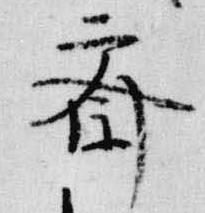
斎